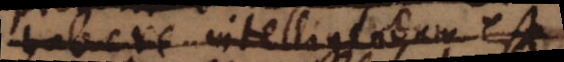
habere intelligendum est.